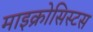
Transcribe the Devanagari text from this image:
माइक्रोसिस्टस